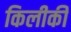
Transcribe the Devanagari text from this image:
किलीकी